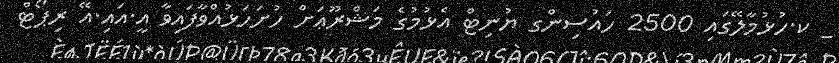
_ ކ.ހުޅުމާލޭގައި 2500 ހައުސިންގ ޔުނިޓް އެޅުމުގެ މަޝްރޫޢަށް ހުށަހަޅުއްވާފައިވާ އީ.އައި.އޭ ރިޕޯޓް